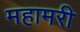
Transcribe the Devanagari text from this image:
महामरी